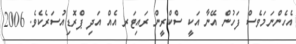
އެހެންނަމަވެސް ފަހުން އޭނާ އަކީ ސްކްރީން ރައިޓަރ އެއް އަދި ޕްރޮޑިއުސަރެކެވެ. 2006